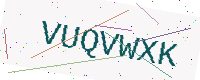
Text: VUQVWXK